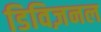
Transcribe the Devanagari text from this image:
डिविज़नल